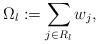
LaTeX: \begin{align*}\Omega_l := \sum_{j \in R_l} w_j ,\end{align*}